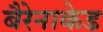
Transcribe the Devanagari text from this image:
बैरेनाकेड